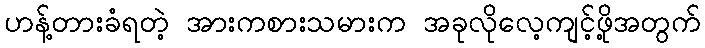
ဟန့်တားခံရတဲ့ အားကစားသမားက အခုလိုလေ့ကျင့်ဖို့အတွက်